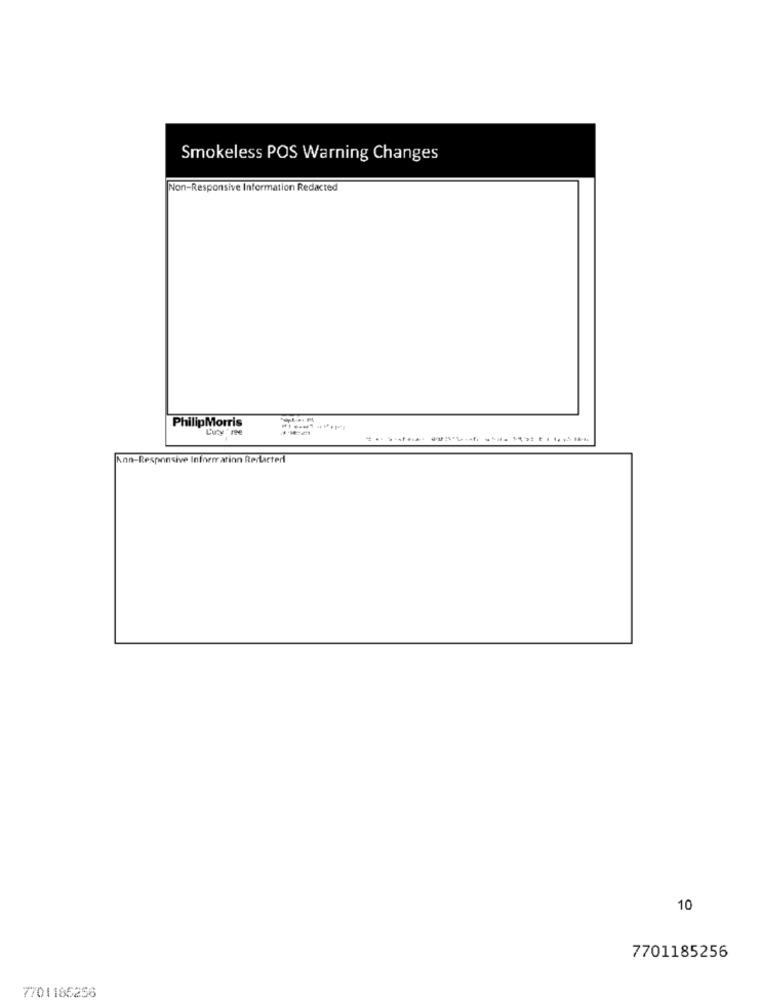
Smokeless POS Warning Changes
Non-Responsive Information Redacted
Philip Morris
Luty 're
Ann-Responsive Information Redacted
10
7701185256
7701165256